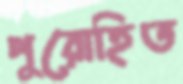
পুরোহিত